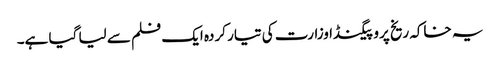
یہ خاکہ ریخ پروپیگنڈا وزارت کی تیار کردہ ایک فلم سے لیا گیا ہے۔